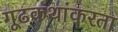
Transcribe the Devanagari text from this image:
गूढकथांकरता